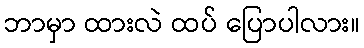
ဘာမှာ ထားလဲ ထပ် ပြောပါလား။